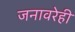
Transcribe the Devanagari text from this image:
जनावरेही